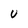
Character: U